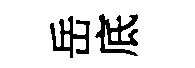
岳底